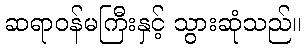
ဆရာဝန်မကြီးနှင့် သွားဆုံသည်။